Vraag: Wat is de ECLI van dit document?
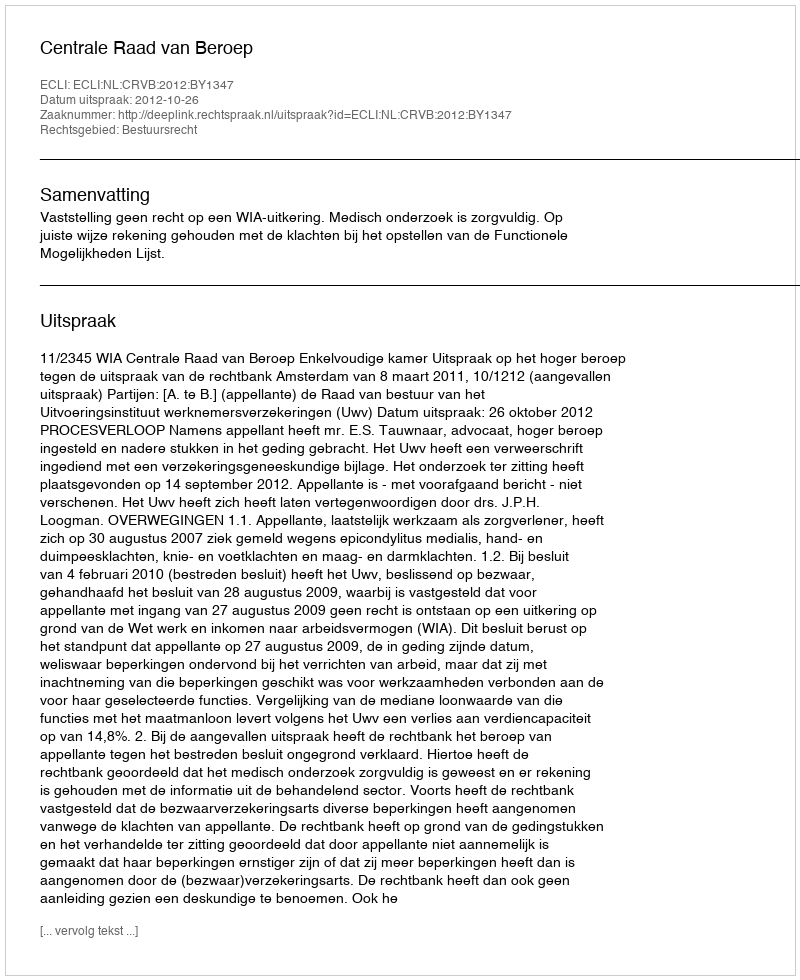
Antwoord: ECLI:NL:CRVB:2012:BY1347